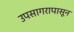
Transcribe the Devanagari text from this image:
उपसागरापासून